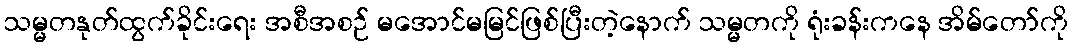
သမ္မတနုတ်ထွက်ခိုင်းရေး အစီအစဉ် မအောင်မမြင်ဖြစ်ပြီးတဲ့နောက် သမ္မတကို ရုံးခန်းကနေ အိမ်တော်ကို